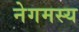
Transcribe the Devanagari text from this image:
नेगमस्य